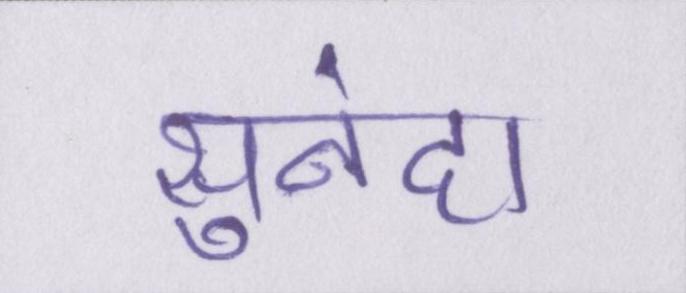
सुनंदा